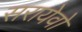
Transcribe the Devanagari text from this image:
सरायेवो